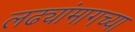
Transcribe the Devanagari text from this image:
लढ्यांमागच्या